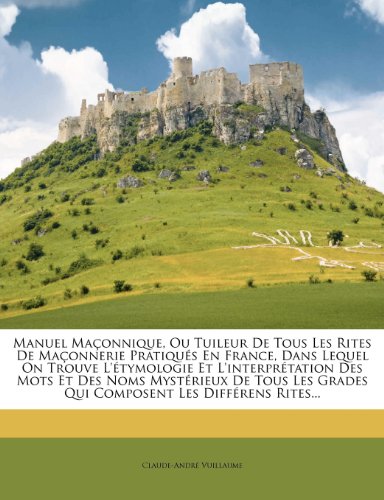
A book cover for Manuel MaÃ§onnique, Ou Tuileur De Tous Les Rites De MaÃ§onnerie PratiquÃ©s En France, Dans Lequel On Trouve L'Ã©tymologie Et L'interprÃ©tation Des Mots Et ... Les DiffÃ©rens Rites... (French Edition); Claude-AndrÃ© Vuillaume; History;